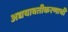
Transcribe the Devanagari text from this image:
अद्ययावतीकरणाची